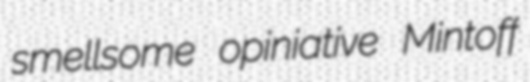
smellsome opiniative Mintoff